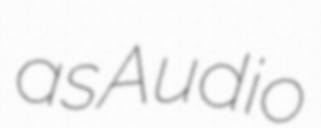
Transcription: as Audio